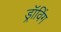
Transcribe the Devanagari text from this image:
ड्रॉविंग